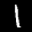
Label: 1